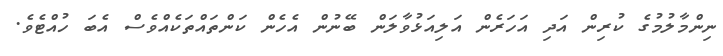
ނިންމާލުމުގެ ކުރިން އަދި އަހަރެން އަލިއަޅުވާލަން ބޭނުން އެހެން ކަންތައްތަކެއްވެސް އެބަ ހުއްޓެވެ.